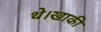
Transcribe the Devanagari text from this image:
थे।खाकी